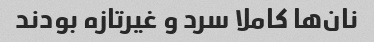
نان‌ها کاملا سرد و غیرتازه بودند